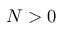
N > 0